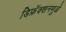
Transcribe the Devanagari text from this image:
डिफ्रॅक्शनमुळे